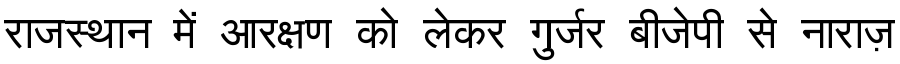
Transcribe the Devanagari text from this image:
राजस्थान में आरक्षण को लेकर गुर्जर बीजेपी से नाराज़